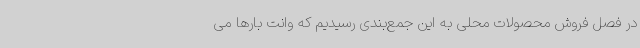
در فصل فروش محصولات محلی به این جمع‌بندی رسیدیم که وانت بارها می‌